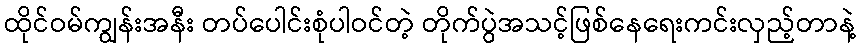
ထိုင်ဝမ်ကျွန်းအနီး တပ်ပေါင်းစုံပါဝင်တဲ့ တိုက်ပွဲအသင့်ဖြစ်နေရေးကင်းလှည့်တာနဲ့